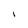
Character: I